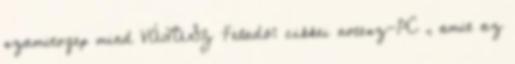
szamitogep mind VÁLASZ Feladó: cikkei notesz-PC , amit az